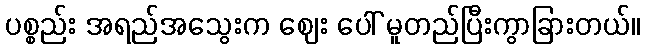
ပစ္စည်း အရည်အသွေးက ဈေး ပေါ် မူတည်ပြီးကွာခြားတယ်။